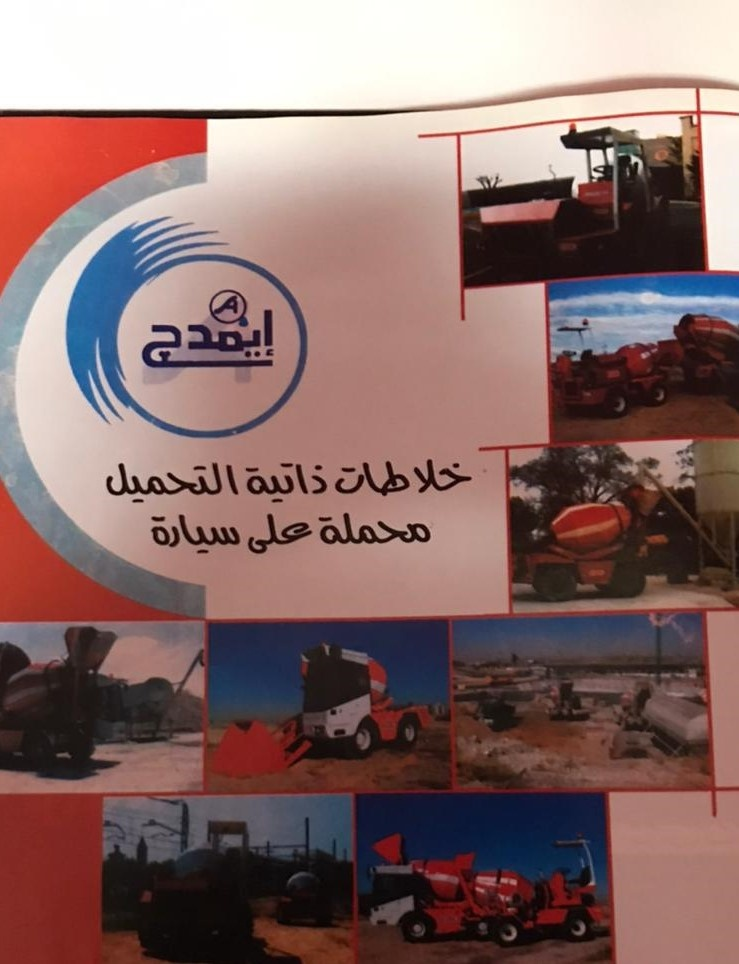
Text in image: إيمدج خلاطات ذاتية التحميل محملة سيارة على